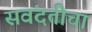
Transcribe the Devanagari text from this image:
सवंदतीचा